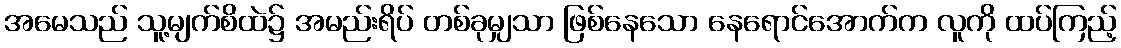
အမေသည် သူ့မျက်စိထဲ၌ အမည်းရိပ် တစ်ခုမျှသာ ဖြစ်နေသော နေရောင်အောက်က လူကို ထပ်ကြည့်